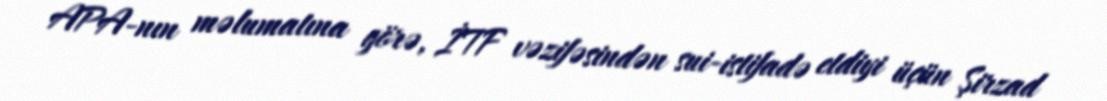
APA-nın məlumatına görə, İTF vəzifəsindən sui-istifadə etdiyi üçün Şirzad